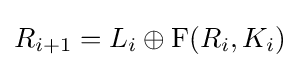
R_{i+1}=L_{i}\oplus \mathrm {F} (R_{i},K_{i})